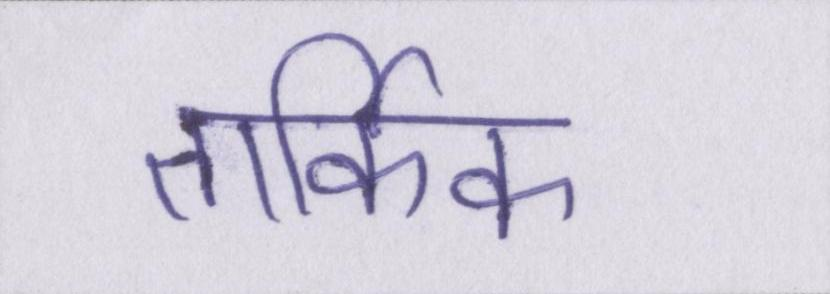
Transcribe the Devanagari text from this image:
तार्किक